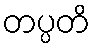
တပ္ပတိ